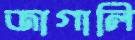
জাগালি